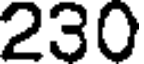
230